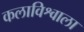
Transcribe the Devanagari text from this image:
कलाविश्वाला